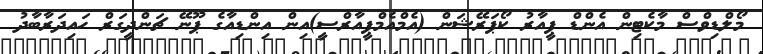
މޯލްޑިވްސް މާކެޓިން އެންޑް ޕީއާރު ކޯޕަރޭޝަން (އެމްއެމްޕީއާރްސީ)އިން އިންޑިއާގެ ޕޫނޭ ޗަންދީގަރް ހައިދަރާބާދު